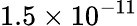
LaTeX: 1.5\times 10^{-11}